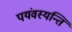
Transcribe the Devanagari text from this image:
पयंवस्यन्ति